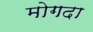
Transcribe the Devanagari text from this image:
मोगदा